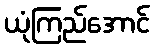
ယုံကြည်အောင်